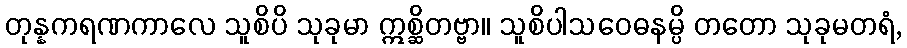
တုန္နကရဏကာလေ သူစိပိ သုခုမာ ဣစ္ဆိတဗ္ဗာ။ သူစိပါသဝေဓနမ္ပိ တတော သုခုမတရံ,